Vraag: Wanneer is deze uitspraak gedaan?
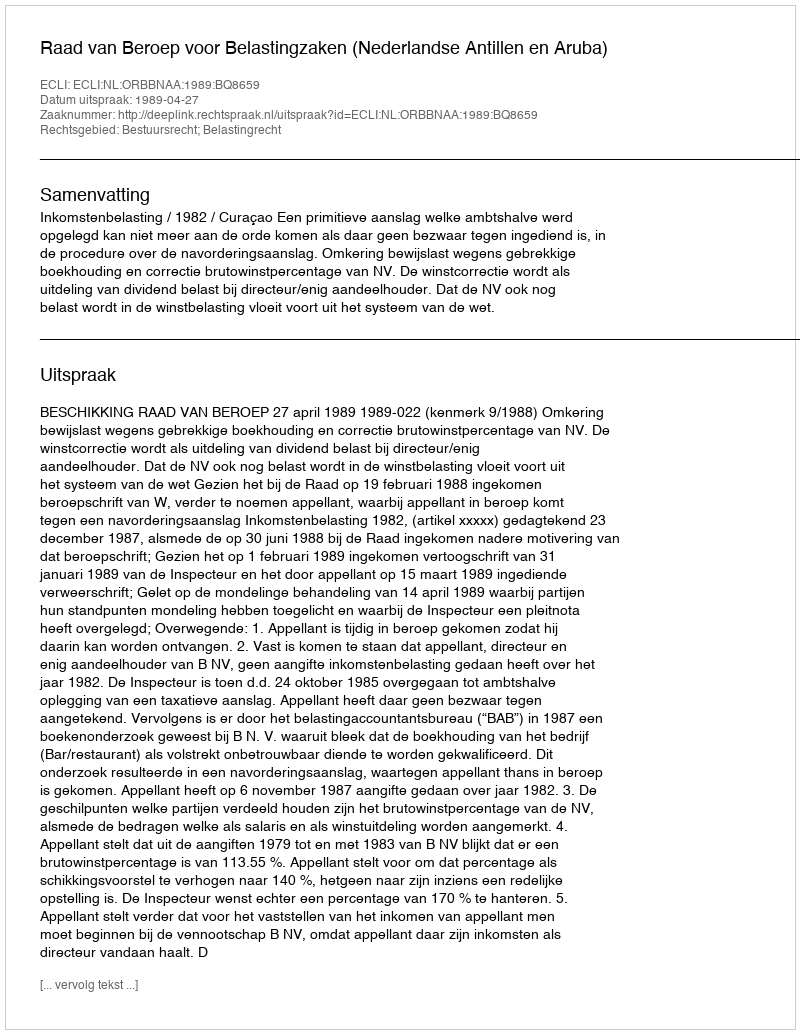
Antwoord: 1989-04-27